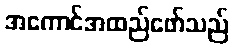
အကောင်အထည်ဖော်သည်